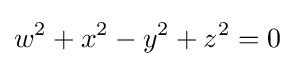
w^{2}+x^{2}-y^{2}+z^{2}=0